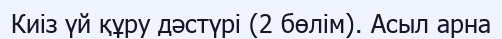
Киіз үй құру дәстүрі (2 бөлім). Асыл арна